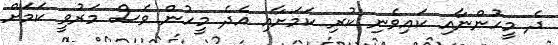
ދެ މީހުންނާއި ކައިވެނި ކުރި ކަމަށާއި އެދެ މީހުން ވެސް މަރުވީ ކަމަށް